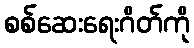
စစ်ဆေးရေးဂိတ်ကို